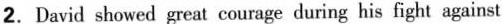
2.David showed great courage during his fight against